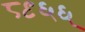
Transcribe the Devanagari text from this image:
८९६६